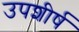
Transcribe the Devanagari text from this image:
उपशीर्ष